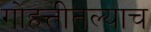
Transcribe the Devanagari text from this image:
गोहत्तीतल्याच